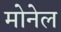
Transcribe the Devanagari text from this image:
मोनेल